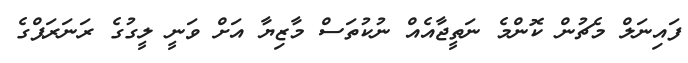
ފައިނަލް މެޗުން ކޮންމެ ނަތީޖާއެއް ނުކުތަސް މާޒިޔާ އަށް ވަނީ ލީގުގެ ރަނަރަޕްގެ